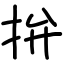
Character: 拚